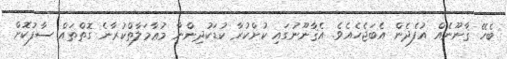
ބެހޭ ޤާނޫނެއް އުފެދެން އެބަޖެހެއެވެ. އެޤާނޫނުގައި ކުށްކުރާ ކުޑަކުދިންނާ މުޢާމަލާތްކުރާނެ ގޮތްތައް ސާފުކޮށް